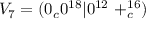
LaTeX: V _ { 7 } = ( 0 _ { c } 0 ^ { 1 8 } | 0 ^ { 1 2 } \ + _ { c } ^ { 1 6 } )